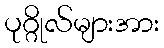
ပုဂ္ဂိုလ်များအား